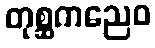
တုစ္ဆကညေဝ